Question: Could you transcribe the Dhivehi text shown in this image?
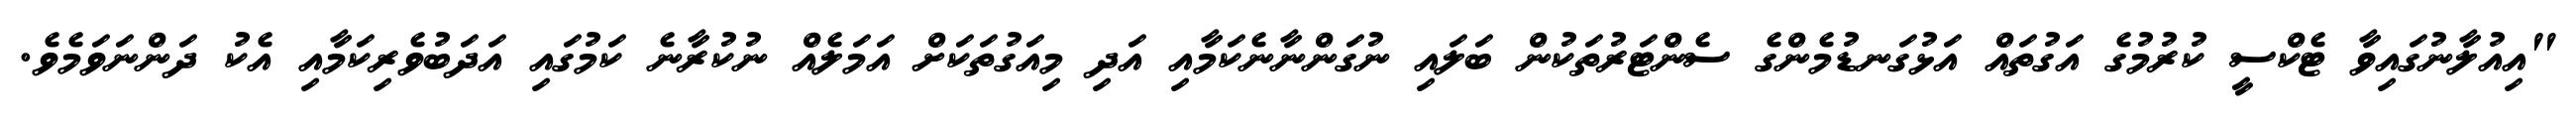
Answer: "އިއުލާނުގައިވާ ޓެކްސީ ކުރުމުގެ އަގުތައް އަޅުގަނޑުމެންގެ ސެންޓަރުތަކުން ބަލައި ނުގަންނާނެކަމާއި އަދި މިއަގުތަކަށް އަމަލެއް ނުކުރާނެ ކަމުގައި އަދަބުވެރިކަމާއި އެކު ދަންނަވަމެވެ.